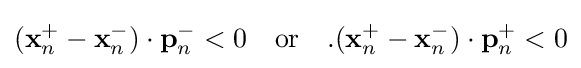
(\mathbf {x} _{n}^{+}-\mathbf {x} _{n}^{-})\cdot \mathbf {p} _{n}^{-}<0\quad {\text{or}}\quad .(\mathbf {x} _{n}^{+}-\mathbf {x} _{n}^{-})\cdot \mathbf {p} _{n}^{+}<0